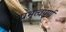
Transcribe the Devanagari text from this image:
प्रभुत्वपूर्ण